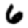
Digit: 6